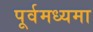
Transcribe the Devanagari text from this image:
पूर्वमध्यमा